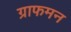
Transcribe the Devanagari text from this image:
ग्राफमन